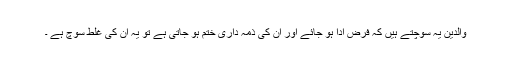
والدین یہ سوچتے ہیں کہ فرض ادا ہو جائے اور ان کی ذمہ داری ختم ہو جاتی ہے تو یہ ان کی غلط سوچ ہے ۔